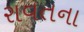
રાવતના